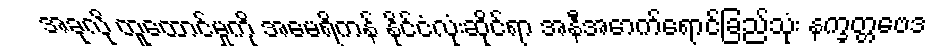
အခုလို ထူထောင်မှုကို အမေရိကန် နိုင်ငံလုံးဆိုင်ရာ အနီအောက်ရောင်ခြည်သုံး နက္ခတ္တဗေဒ